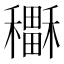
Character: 𥣲